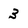
Character: 3